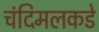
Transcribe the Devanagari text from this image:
चंदिमलकडे